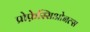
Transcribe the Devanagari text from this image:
प्रोफ़ेस्सिओनल्स